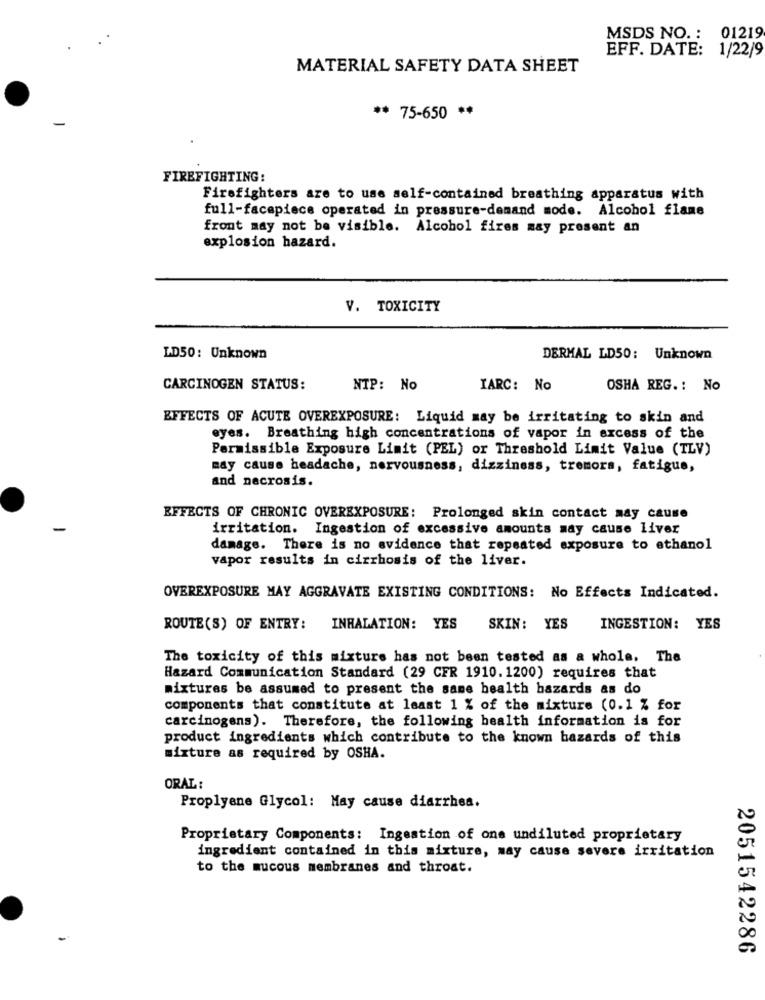
MSDS NO. : 01219
EFF. DATE: 1/22/9
MATERIAL SAFETY DATA SHEET
** 75-650 **
FIREFIGHTING:
Firefighters are to use self-contained breathing apparatus with
full-facepiece operated in pressure-demand mode. Alcohol flame
front may not be visible. Alcohol fires may present an
explosion hazard.
V. TOXICITY
LD50: Unknown
DERMAL LD50: Unknown
CARCINOGEN STATUS:
NTP: No
IARC: No
OSHA REG .: No
EFFECTS OF ACUTE OVEREXPOSURE: Liquid may be irritating to skin and
eyes. Breathing high concentrations of vapor in excess of the
Permissible Exposure Limit (PEL) or Threshold Limit Value (TLV)
may cause headache, nervousness, dizziness, tremors, fatigue,
and necrosis.
EFFECTS OF CHRONIC OVEREXPOSURE: Prolonged skin contact may cause
irritation. Ingestion of excessive amounts may cause liver
damage. There is no evidence that repeated exposure to ethanol
vapor results in cirrhosis of the liver.
OVEREXPOSURE MAY AGGRAVATE EXISTING CONDITIONS: No Effects Indicated.
ROUTE (S) OF ENTRY:
INHALATION: YES SKIN: YES
INGESTION: YES
The toxicity of this mixture has not been tested as a whole. The
Hazard Communication Standard (29 CFR 1910. 1200) requires that
mixtures be assumed to present the same health bazards as do
components that constitute at least 1 % of the mixture (0.1 % for
carcinogens). Therefore, the following health information is for
product ingredients which contribute to the known hazards of this
mixture as required by OSHA.
ORAL:
Proplyene Glycol: May cause diarrhea.
Proprietary Components: Ingestion of one undiluted proprietary
ingredient contained in this mixture, may cause severe irritation
to the mucous membranes and throat.
2051542286